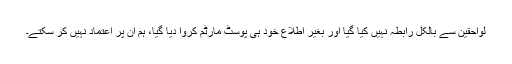
لواحقین سے بالکل رابطہ نہیں کیا گیا اور بغیر اطلاع خود ہی پوسٹ مارٹم کروا دیا گیا، ہم ان پر اعتماد نہیں کر سکتے۔